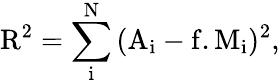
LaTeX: \mathrm{R^{2}=\sum_{i}^{N}{(A_{i}-f.M_{i})^{2}}},